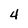
Character: 4